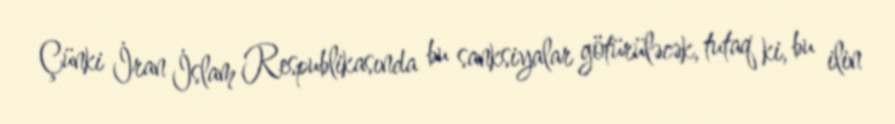
Çünki İran İslam Respublikasında bu sanksiyalar götürüləcək, tutaq ki, bu ilin